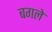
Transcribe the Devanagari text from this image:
बगले